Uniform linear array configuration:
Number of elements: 64
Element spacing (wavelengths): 0.5
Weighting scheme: cosine
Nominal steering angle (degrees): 45
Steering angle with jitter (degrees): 44.55
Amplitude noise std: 0.05
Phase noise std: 0.05

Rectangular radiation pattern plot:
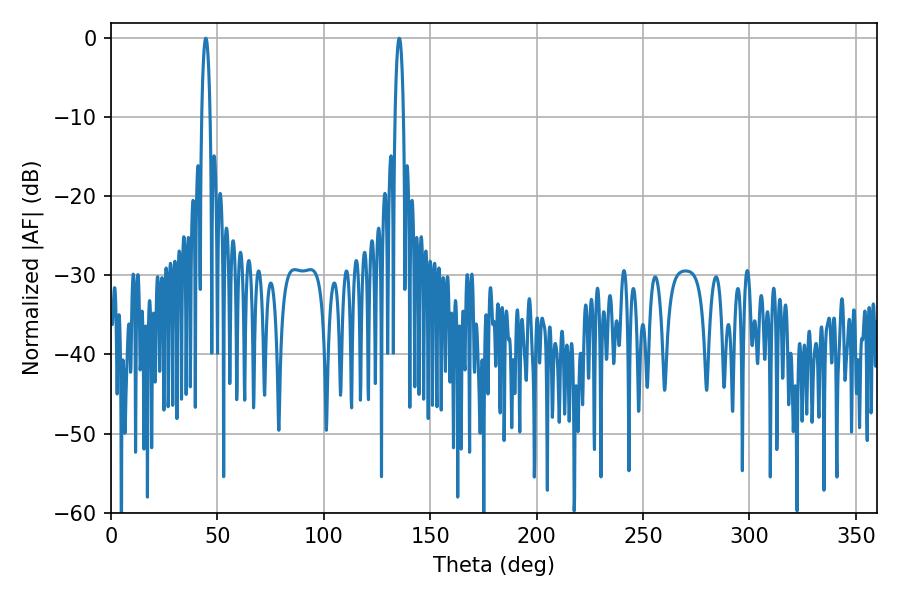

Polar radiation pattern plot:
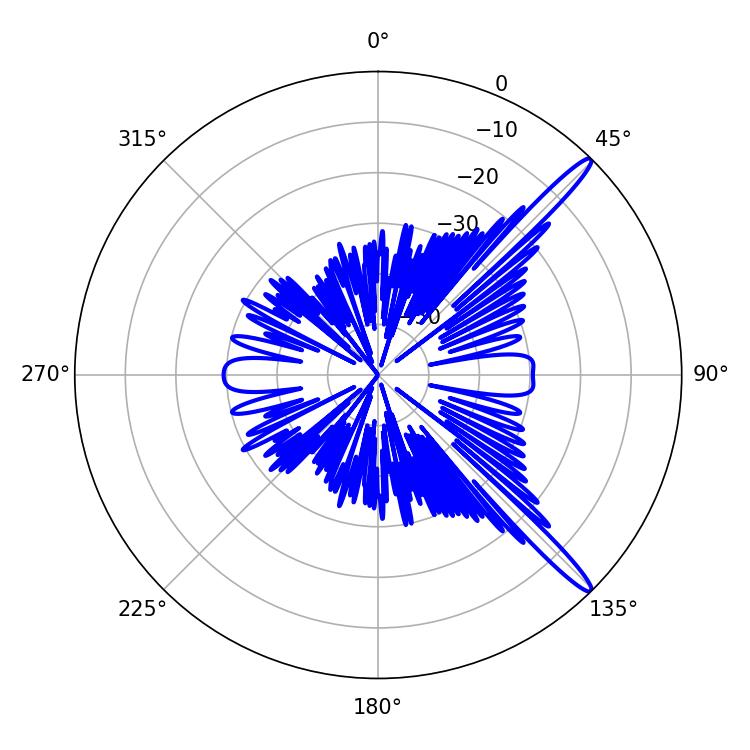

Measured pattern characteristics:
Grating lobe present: FALSE
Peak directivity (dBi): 15.075
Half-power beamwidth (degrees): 2.16
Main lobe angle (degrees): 44.64